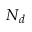
N _ { d }